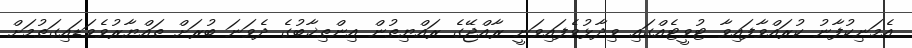
އެމަނިކުފާނު ކުރައްވާފައިވާ ޓުވީޓެއްގައި ވިދާޅުވެފައިވަނީ ރާއްޖޭގެ ރައްޔިތުން އިންތިޚާބުގެ ދެވަނަ ބުރަށް ތައްޔާރުވެވަަޑައިގަތުމަށް